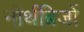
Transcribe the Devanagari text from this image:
नॉर्थब्रिजों